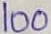
Text: 100